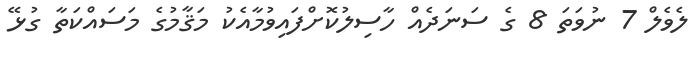
ލެވެލް 7 ނުވަތަ 8 ގެ ސަނަދެއް ހާސިލުކޮށްފައިވުމާއެކު މަޤާމުގެ މަސައްކަތާ ގުޅޭ